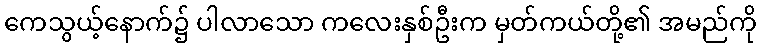
ကေသွယ့်နောက်၌ ပါလာသော ကလေးနှစ်ဦးက မှတ်ကယ်တို့၏ အမည်ကို